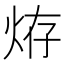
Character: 𤈊